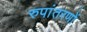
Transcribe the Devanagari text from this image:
रुपांतरणों